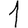
Digit: 1